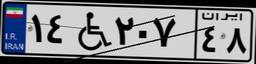
۳۲W۸۵۳۳۵